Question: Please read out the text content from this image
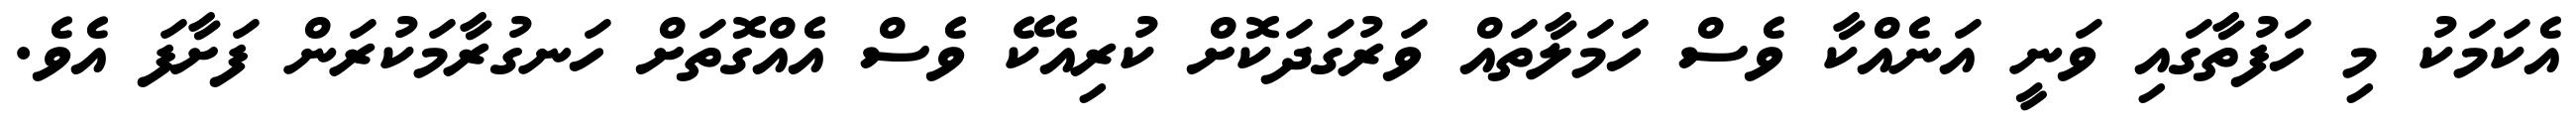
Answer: އެކަމަކު މި ހަފުތާގައި ވަނީ އަނެއްކާ ވެސް ހަމަލާތައް ވަރުގަދަކޮށް ކުރިއެކޭ ވެސް އެއްގޮތަށް ހަނގުރާމަކުރަން ފަށާފަ އެވެ.